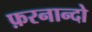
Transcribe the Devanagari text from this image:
फ़रनान्दो